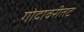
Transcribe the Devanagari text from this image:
गोदावरीतट